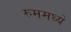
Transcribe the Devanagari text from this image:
रुममध्ये